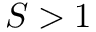
S > 1